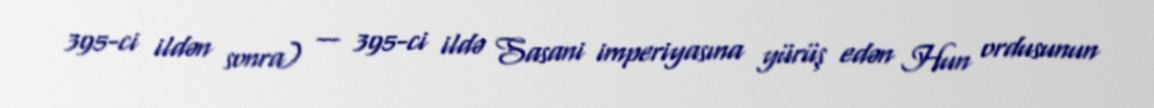
395-ci ildən sonra) — 395-ci ildə Sasani imperiyasına yürüş edən Hun ordusunun